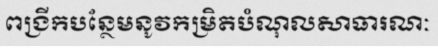
ពង្រីកបន្ថែមនូវកម្រិតបំណុលសាធារណៈ